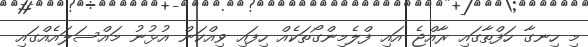
މި ހިނގާ ހަފްތާގައި ރާއްޖެ އައި ފްލެމިންގޯތަކެއް ހިފައި ވިއްކަން އުޅުނު މައްސަލައެއްގައި